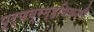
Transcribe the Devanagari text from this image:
पूर्णब्रम्हधिकारी